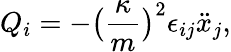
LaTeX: Q_{i}=-\big(\frac{\kappa}{m}\big)^{2}\epsilon_{ij}\ddot{x}_{j},